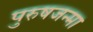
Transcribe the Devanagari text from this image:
पुरुषजन्मा